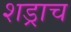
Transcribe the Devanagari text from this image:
शड्राच